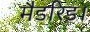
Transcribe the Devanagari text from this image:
मैडरिड।